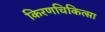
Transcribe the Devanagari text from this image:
किरणचिकित्सा